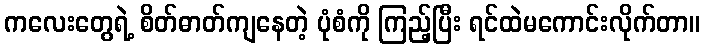
ကလေးတွေရဲ့ စိတ်ဓာတ်ကျနေတဲ့ ပုံစံကို ကြည့်ပြီး ရင်ထဲမကောင်းလိုက်တာ။